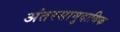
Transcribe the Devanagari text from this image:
अंतरसामुदायिक